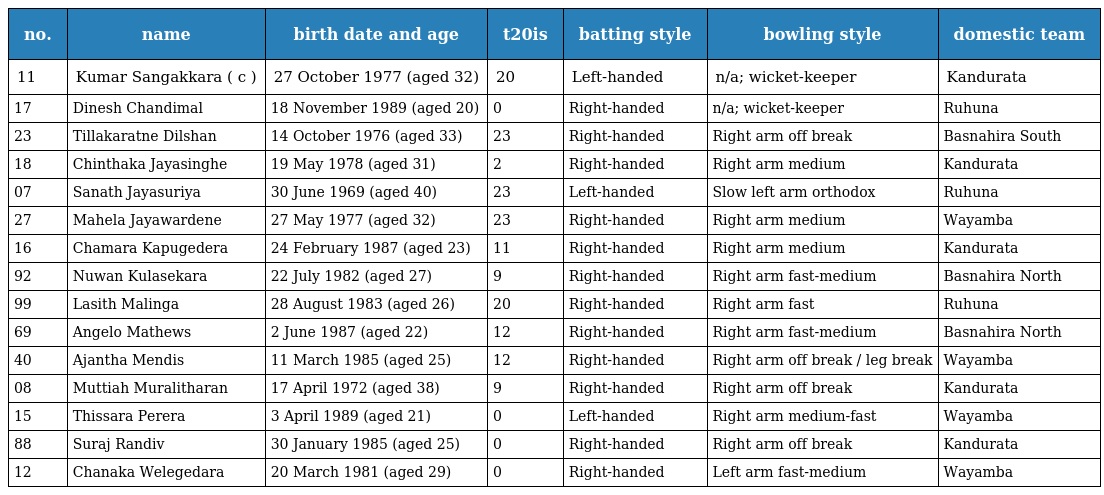
| no. | name | birth date and age | t20is | batting style | bowling style | domestic team |
 | --- | --- | --- | --- | --- | --- | --- |
 | 11 | Kumar Sangakkara ( c ) | 27 October 1977 (aged 32) | 20 | Left-handed | n/a; wicket-keeper | Kandurata |
 | 17 | Dinesh Chandimal | 18 November 1989 (aged 20) | 0 | Right-handed | n/a; wicket-keeper | Ruhuna |
 | 23 | Tillakaratne Dilshan | 14 October 1976 (aged 33) | 23 | Right-handed | Right arm off break | Basnahira South |
 | 18 | Chinthaka Jayasinghe | 19 May 1978 (aged 31) | 2 | Right-handed | Right arm medium | Kandurata |
 | 07 | Sanath Jayasuriya | 30 June 1969 (aged 40) | 23 | Left-handed | Slow left arm orthodox | Ruhuna |
 | 27 | Mahela Jayawardene | 27 May 1977 (aged 32) | 23 | Right-handed | Right arm medium | Wayamba |
 | 16 | Chamara Kapugedera | 24 February 1987 (aged 23) | 11 | Right-handed | Right arm medium | Kandurata |
 | 92 | Nuwan Kulasekara | 22 July 1982 (aged 27) | 9 | Right-handed | Right arm fast-medium | Basnahira North |
 | 99 | Lasith Malinga | 28 August 1983 (aged 26) | 20 | Right-handed | Right arm fast | Ruhuna |
 | 69 | Angelo Mathews | 2 June 1987 (aged 22) | 12 | Right-handed | Right arm fast-medium | Basnahira North |
 | 40 | Ajantha Mendis | 11 March 1985 (aged 25) | 12 | Right-handed | Right arm off break / leg break | Wayamba |
 | 08 | Muttiah Muralitharan | 17 April 1972 (aged 38) | 9 | Right-handed | Right arm off break | Kandurata |
 | 15 | Thissara Perera | 3 April 1989 (aged 21) | 0 | Left-handed | Right arm medium-fast | Wayamba |
 | 88 | Suraj Randiv | 30 January 1985 (aged 25) | 0 | Right-handed | Right arm off break | Kandurata |
 | 12 | Chanaka Welegedara | 20 March 1981 (aged 29) | 0 | Right-handed | Left arm fast-medium | Wayamba |